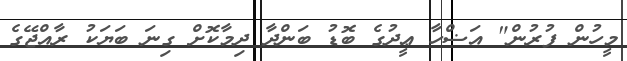
މީހުން ފުރުން" އަޟްހާ ޢީދުގެ ބޮޑު ބަންދާ ދިމާކޮށް ގިނަ ބަޔަކު ރާއްޖޭގެ